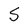
Character: S